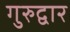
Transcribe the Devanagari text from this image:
गुरुद्वार